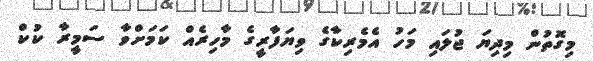
މިގޮތުން މިދިޔަ ޖުލައި މަހު އެމެރިކާގެ ވިޔަފާރީގެ މާހިރެއް ކަމަށްވާ ސަމީރާ ކުކް